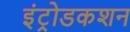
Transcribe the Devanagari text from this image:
इंट्रोडकशन